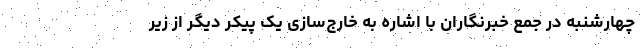
چهارشنبه در جمع خبرنگاران با اشاره به خارج‌سازی یک پیکر دیگر از زیر